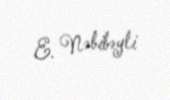
E. Nəbibəyli